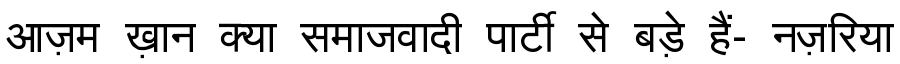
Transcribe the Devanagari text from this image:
आज़म ख़ान क्या समाजवादी पार्टी से बड़े हैं- नज़रिया